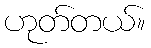
ဟုတ်တယ်။